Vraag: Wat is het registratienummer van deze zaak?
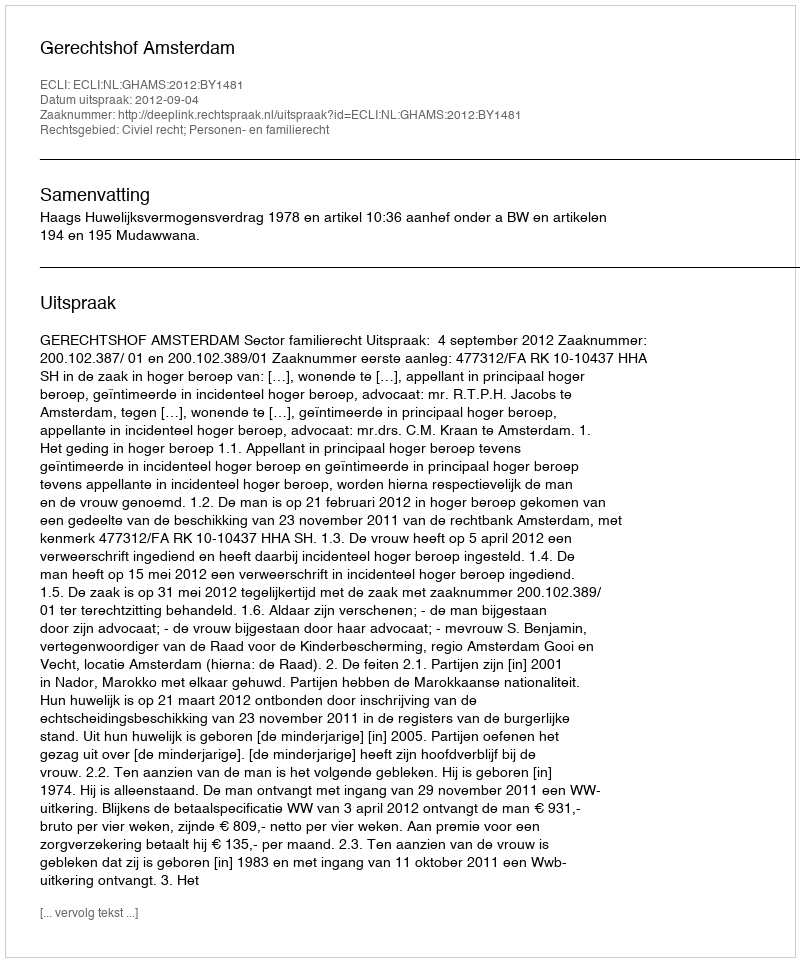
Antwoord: http://deeplink.rechtspraak.nl/uitspraak?id=ECLI:NL:GHAMS:2012:BY1481